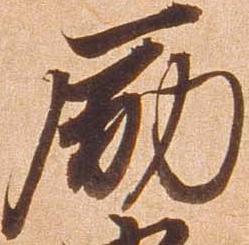
励